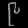
Digit: ၉